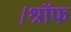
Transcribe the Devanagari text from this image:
।श्रॉफ